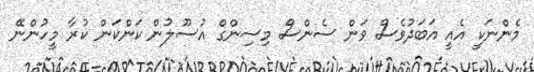
މެންނަކީ އެއީ އަބަދުވެސް ވަން ސެންސް މިސިންގް އުސޫލުން ކަންކަން ކުރާ މީހުންނޭ